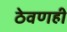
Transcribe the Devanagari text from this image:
ठेवणही